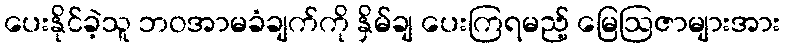
ပေးနိုင်ခဲ့သူ ဘဝအာမခံချက်ကို နှိမ်ချ ပေးကြရမည့် မြေဩဇာများအား